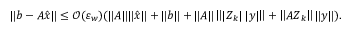
\Vert \boldsymbol { b } - \boldsymbol { A } \hat { \boldsymbol { x } } \Vert \leq \mathcal { O } ( \varepsilon _ { w } ) ( \Vert \boldsymbol { A } \Vert \Vert \hat { \boldsymbol { x } } \Vert + \Vert \boldsymbol { b } \Vert + \Vert \boldsymbol { A } \Vert \left\Vert \vert \boldsymbol { Z } _ { k } \vert \, \vert \boldsymbol { y } \vert \right\Vert + \left\Vert \boldsymbol { A } \boldsymbol { Z } _ { k } \right\Vert \Vert \boldsymbol { y } \Vert ) .